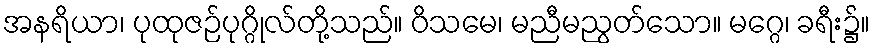
အနရိယာ၊ ပုထုဇဉ်ပုဂ္ဂိုလ်တို့သည်။ ဝိသမေ၊ မညီမညွတ်သော။ မဂ္ဂေ၊ ခရီး၌။